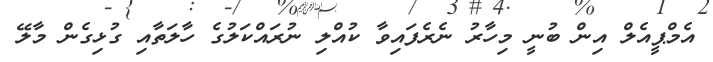
އެމްޕީއެލް އިން ބުނީ މިހާރު ނެރެފައިވާ ކުއްލި ނުރައްކަލުގެ ހާލަތާއި ގުޅިގެން މާލޭ